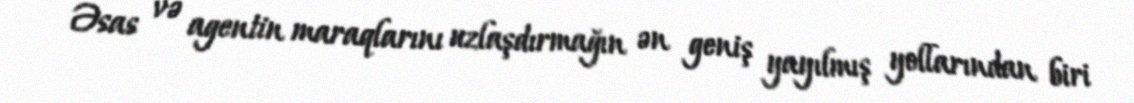
Əsas və agentin maraqlarını uzlaşdırmağın ən geniş yayılmış yollarından biri